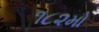
૧૮૨મો